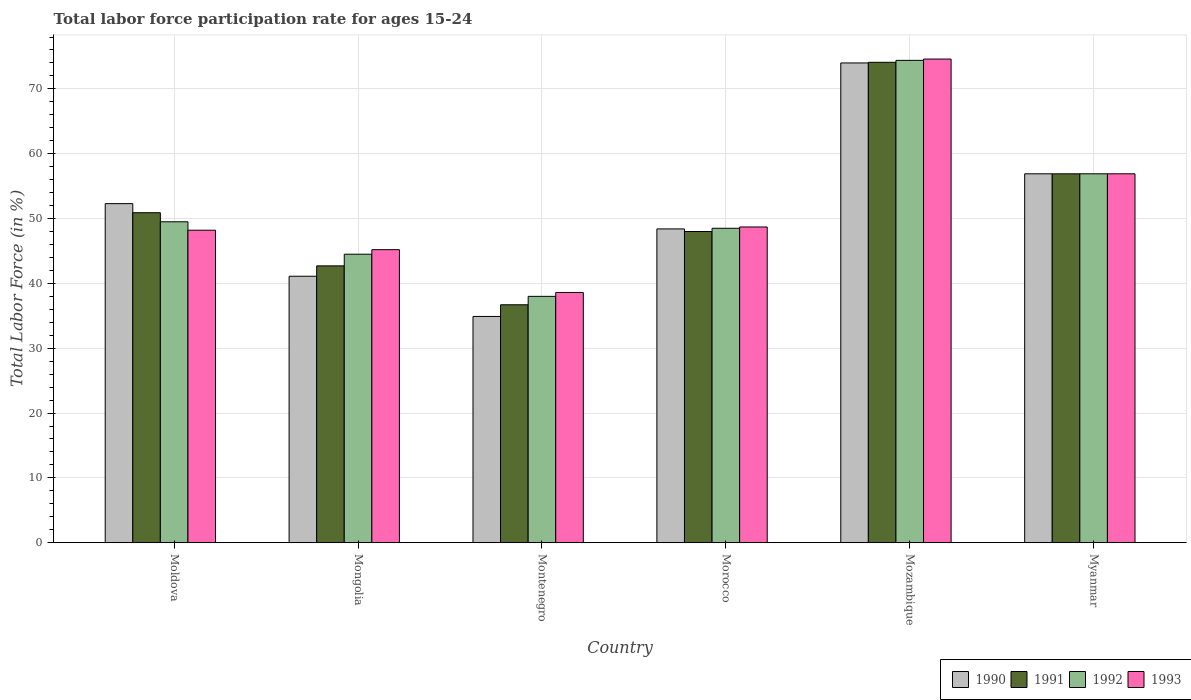
| Country | 1990 | 1991 | 1992 | 1993 |
 | --- | --- | --- | --- | --- |
 | Moldova | 52.3 | 50.9 | 49.5 | 48.2 |
 | Mongolia | 41.1 | 42.7 | 44.5 | 45.2 |
 | Montenegro | 34.9 | 36.7 | 38 | 38.6 |
 | Morocco | 48.4 | 48 | 48.5 | 48.7 |
 | Mozambique | 74 | 74.1 | 74.4 | 74.6 |
 | Myanmar | 56.9 | 56.9 | 56.9 | 56.9 |